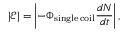
| \mathcal E | = \left| - \Phi _ { \mathrm { s i n g l e \, c o i l } } \frac { d N } { d t } \right| ,